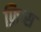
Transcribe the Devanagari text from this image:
फ़िप्स